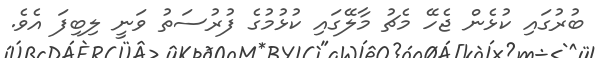
ބުރުގައި ކުޅެން ޖެހޭ މެޗު މާލޭގައި ކުޅުމުގެ ފުރުސަތު ވަނީ ލިބިފަ އެވެ.